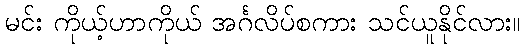
မင်း ကိုယ့်ဟာကိုယ် အင်္ဂလိပ်စကား သင်ယူနိုင်လား။